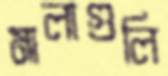
মালাগুলি